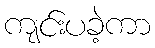
ကျင်းပခဲ့ကာ